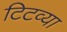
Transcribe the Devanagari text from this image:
टिटव्या